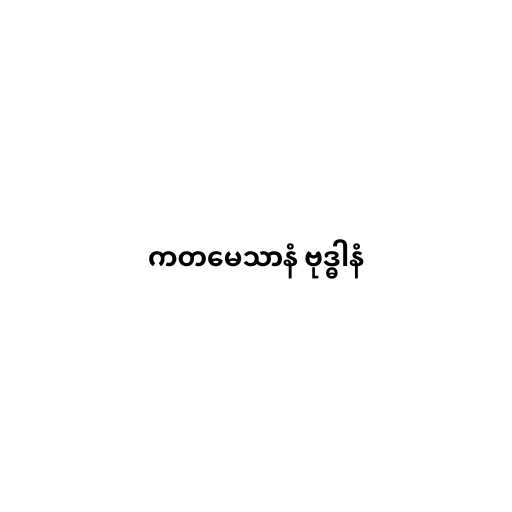
ကတမေသာနံ ဗုဒ္ဓါနံ